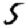
Digit: 5